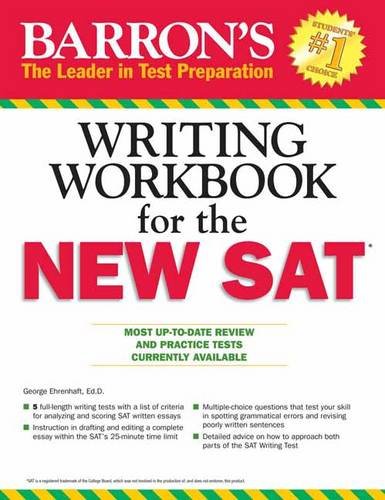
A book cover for Barron's Writing Workbook for the NEW SAT, 4th Edition; George Ehrenhaft Ed. D.; Test Preparation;